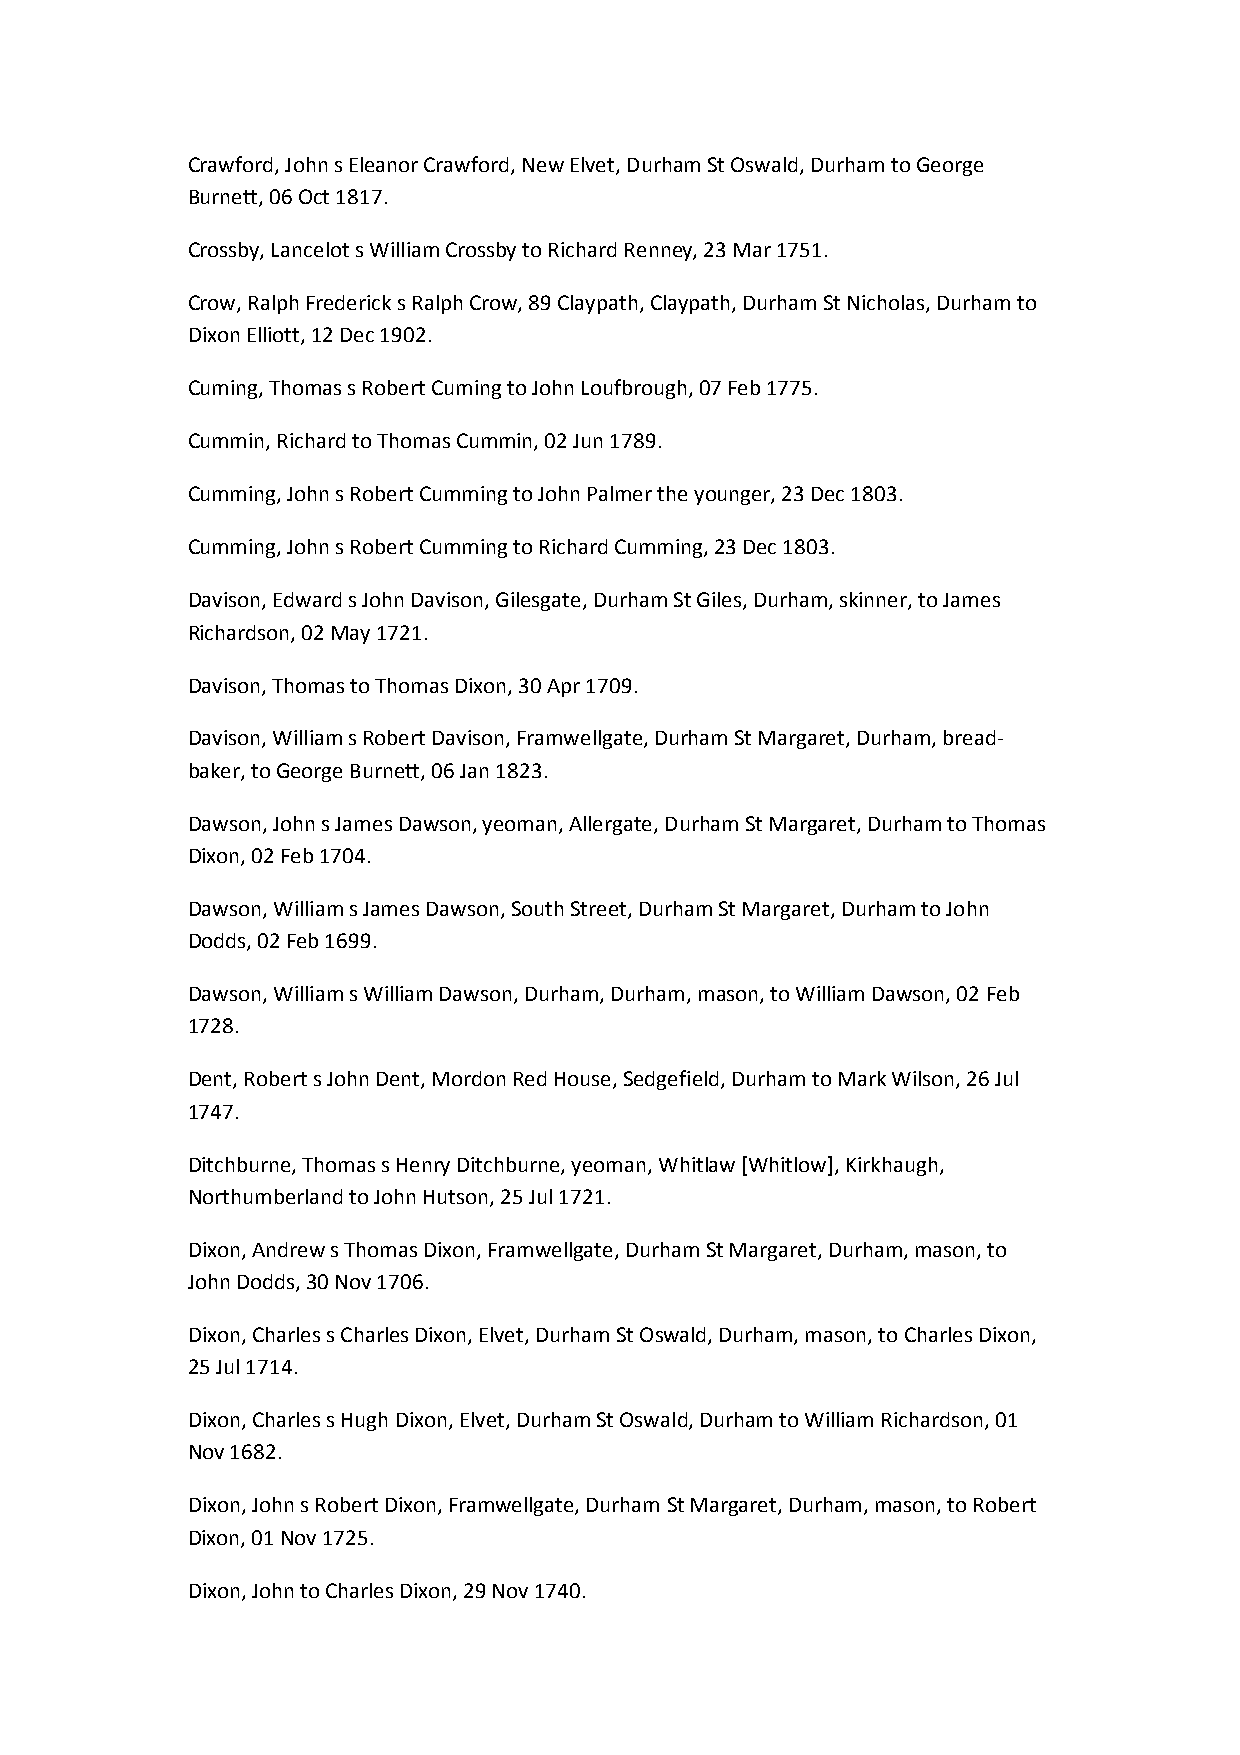
Crawford, John s Eleanor Crawford, New Elvet, Durham St Oswald, Durham to George
 Burnett, 06 Oct 1817.
 Crossby, Lancelot s William Crossby to Richard Renney, 23 Mar 1751.
 Crow, Ralph Frederick s Ralph Crow, 89 Claypath, Claypath, Durham St Nicholas, Durham to
 Dixon Elliott, 12 Dec 1902.
 Cuming, Thomas s Robert Cuming to John Loufbrough, 07 Feb 1775.
 Cummin, Richard to Thomas Cummin, 02 Jun 1789.
 Cumming, John s Robert Cumming to John Palmer the younger, 23 Dec 1803.
 Cumming, John s Robert Cumming to Richard Cumming, 23 Dec 1803.
 Davison, Edward s John Davison, Gilesgate, Durham St Giles, Durham, skinner, to James
 Richardson, 02 May 1721.
 Davison, Thomas to Thomas Dixon, 30 Apr 1709.
 Davison, William s Robert Davison, Framwellgate, Durham St Margaret, Durham, bread-
 baker, to George Burnett, 06 Jan 1823.
 Dawson, John s James Dawson, yeoman, Allergate, Durham St Margaret, Durham to Thomas
 Dixon, 02 Feb 1704.
 Dawson, William s James Dawson, South Street, Durham St Margaret, Durham to John
 Dodds, 02 Feb 1699.
 Dawson, William s William Dawson, Durham, Durham, mason, to William Dawson, 02 Feb
 1728.
 Dent, Robert s John Dent, Mordon Red House, Sedgefield, Durham to Mark Wilson, 26 Jul
 1747.
 Ditchburne, Thomas s Henry Ditchburne, yeoman, Whitlaw [Whitlow], Kirkhaugh,
 Northumberland to John Hutson, 25 Jul 1721.
 Dixon, Andrew s Thomas Dixon, Framwellgate, Durham St Margaret, Durham, mason, to
 John Dodds, 30 Nov 1706.
 Dixon, Charles s Charles Dixon, Elvet, Durham St Oswald, Durham, mason, to Charles Dixon,
 25 Jul 1714.
 Dixon, Charles s Hugh Dixon, Elvet, Durham St Oswald, Durham to William Richardson, 01
 Nov 1682.
 Dixon, John s Robert Dixon, Framwellgate, Durham St Margaret, Durham, mason, to Robert
 Dixon, 01 Nov 1725.
 Dixon, John to Charles Dixon, 29 Nov 1740.